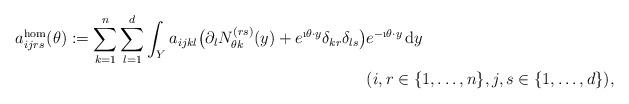
LaTeX: \begin{align*}\begin{aligned}a^{\textnormal{hom}}_{ijrs}(\theta) := \sum_{k=1}^n \sum_{l=1}^d \int_Y a_{ijkl} \big( \partial_{l} N^{(rs)}_{\theta k}(y) +e^{\i \theta \cdot y}\delta_{kr}\delta_{ls}\big)&e^{-\i \theta \cdot y}\, {\textnormal{d}}y \\ & ({i,r \in \{1,\ldots,n\}, j,s \in \{1,\ldots,d\}}),\end{aligned}\end{align*}